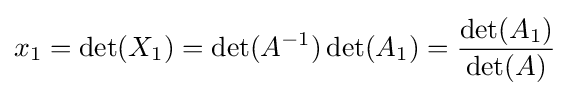
x_{1}=\det(X_{1})=\det(A^{-1})\det(A_{1})={\frac {\det(A_{1})}{\det(A)}}